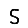
Digit: 5